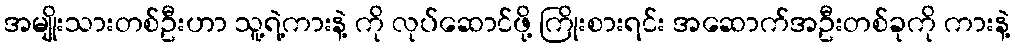
အမျိုးသားတစ်ဦးဟာ သူ့ရဲ့ကားနဲ့ ကို လုပ်ဆောင်ဖို့ ကြိုးစားရင်း အဆောက်အဦးတစ်ခုကို ကားနဲ့